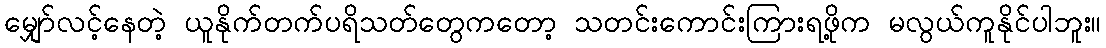
မျှော်လင့်နေတဲ့ ယူနိုက်တက်ပရိသတ်တွေကတော့ သတင်းကောင်းကြားရဖို့က မလွယ်ကူနိုင်ပါဘူး။